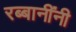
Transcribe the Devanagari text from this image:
रब्बानींनी